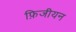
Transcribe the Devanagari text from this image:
फ़िजीयन